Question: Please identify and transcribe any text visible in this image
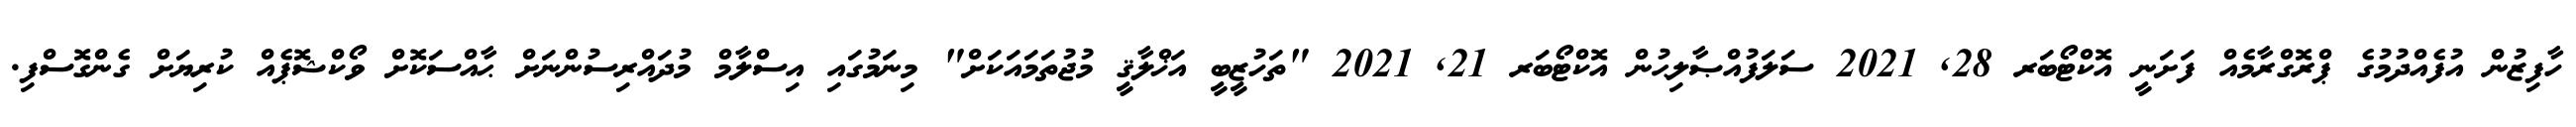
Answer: ހާފިޒުން އުފެއްދުމުގެ ޕްރޮގްރާމެއް ފަށަނީ އޮކްޓޯބަރ 28, 2021 ސަލަފުއްޞާލިޙުން އޮކްޓޯބަރ 21, 2021 "ތަހުޒީބީ އަޚްލާޤީ މުޖުތަމައަކަށް" މިނަމުގައި އިސްލާމް މުދައްރިސުންނަށް ޙާއްސަކޮށް ވޯކްޝޮޕެއް ކުރިޔަށް ގެންގޮސްފި.